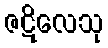
ဇဋိလေသု